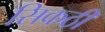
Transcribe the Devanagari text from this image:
सिकठी